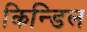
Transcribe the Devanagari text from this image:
किन्डिल